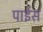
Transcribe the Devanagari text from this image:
पाईस